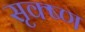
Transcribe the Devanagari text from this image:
सृक्ष्‍ण